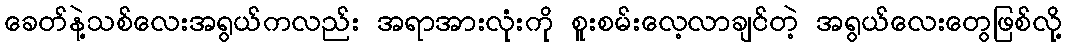
ခေတ်နဲ့သစ်လေးအရွယ်ကလည်း အရာအားလုံးကို စူးစမ်းလေ့လာချင်တဲ့ အရွယ်လေးတွေဖြစ်လို့